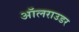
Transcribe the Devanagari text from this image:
ऑलराउडर